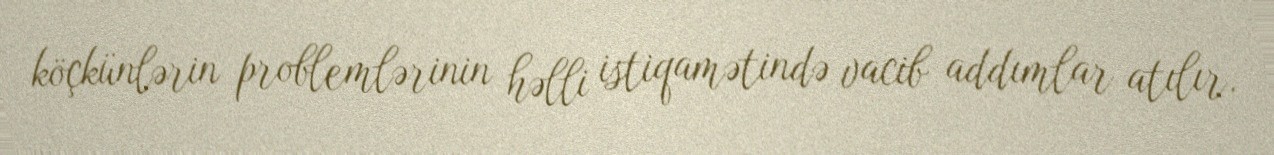
köçkünlərin problemlərinin həlli istiqamətində vacib addımlar atılır.